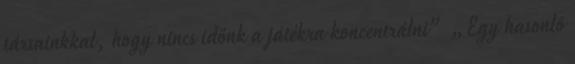
társainkkal, hogy nincs időnk a játékra koncentrálni” „Egy hasonló